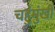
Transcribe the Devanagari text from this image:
चहुंमुंखी